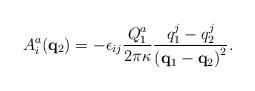
LaTeX: \begin{align*}A^a_i ({\bf q}_2) =-\epsilon_{ij}\frac{Q^a_1}{2\pi\kappa}\frac{q^j_1-q^j_2}{\left({\bf q}_1-{\bf q}_2\right)^2}.\end{align*}